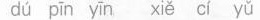
dú pīn yīn xǐe cí yǔ